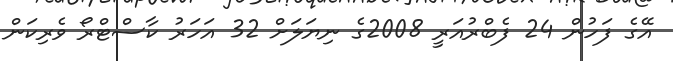
އޭގެ ފަހުން 24 ފެބްރުއަރީ 2008ގެ ނިޔަލަށް 32 އަހަރު ކާސްޓްރޯ ވެރިކަން